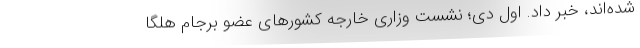
شده‌اند، خبر داد. اول دی؛ نشست وزاری خارجه کشورهای عضو برجام هلگا